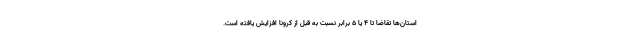
استان‌ها تقاضا تا 4 یا 5 برابر نسبت به قبل از کرونا افزایش یافته است.